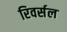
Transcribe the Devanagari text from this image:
रिवर्सल